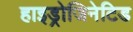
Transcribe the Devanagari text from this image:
हाइड्रोजिनेटिड